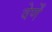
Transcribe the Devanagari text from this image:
वेर्णें